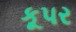
કૂપર